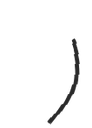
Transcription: נירה דין)